Annual report on the Civil Veterinary Department, Burma (including the Insein Veterinary School) - 1910-1922
Year: 1910
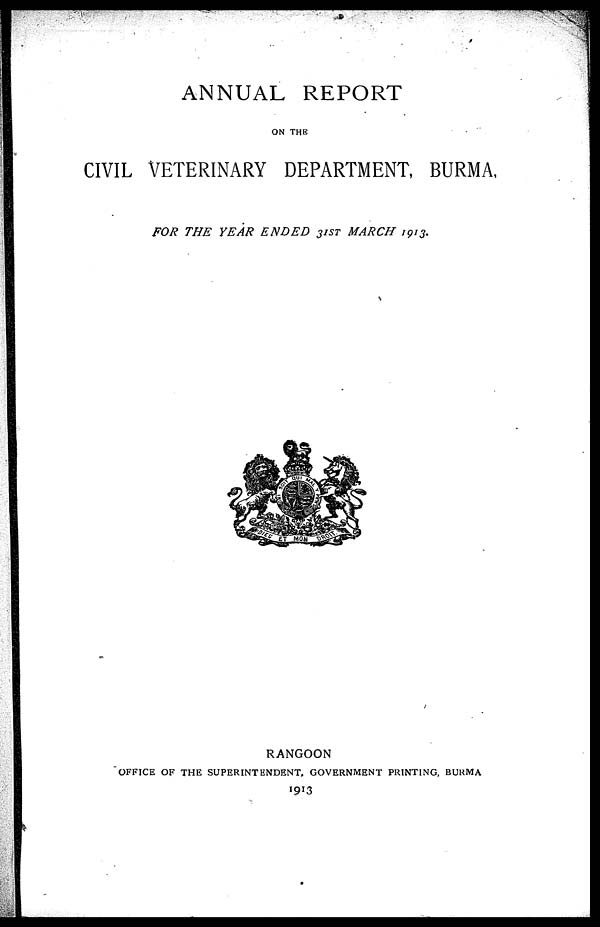
ANNUAL REPORT
ON THE
CIVIL VETERINARY DEPARTMENT, BURMA,
FOR THE YEAR ENDED 31ST MARCH 1913.
RANGOON
OFFICE OF THE SUPERINTENDENT, GOVERNMENT PRINTING, BURMA
1913